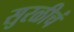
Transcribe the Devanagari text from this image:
सुरळीचं